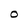
Character: O